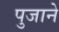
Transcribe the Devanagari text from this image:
पुजाने